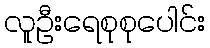
လူဦးရေစုစုပေါင်း